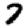
Digit: 7